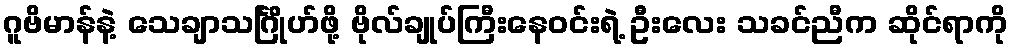
ဂူဗိမာန်နဲ့ သေချာသင်္ဂြိုဟ်ဖို့ ဗိုလ်ချုပ်ကြီးနေဝင်းရဲ့ ဦးလေး သခင်ညီက ဆိုင်ရာကို